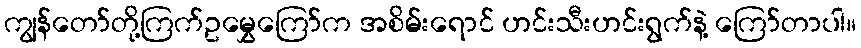
ကျွန်တော်တို့ကြက်ဥမွှေကြော်က အစိမ်းရောင် ဟင်းသီးဟင်းရွက်နဲ့ ကြော်တာပါ။